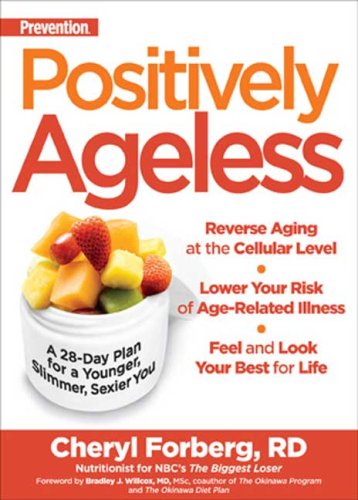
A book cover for Positively Ageless: A 28-Day Plan for a Younger, Slimmer, Sexier You; Cheryl Forberg; Health, Fitness & Dieting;